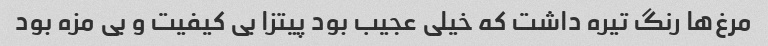
مرغ‌ها رنگ تیره داشت که خیلی عجیب بود پیتزا بی کیفیت و بی مزه بود